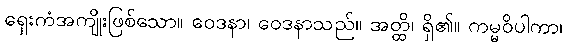
ရှေးကံအကျိုးဖြစ်သော။ ဝေဒနာ၊ ဝေဒနာသည်။ အတ္ထိ၊ ရှိ၏။ ကမ္မဝိပါကာ၊